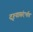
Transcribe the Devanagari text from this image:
दृश्यासंदर्भात